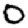
Digit: 0